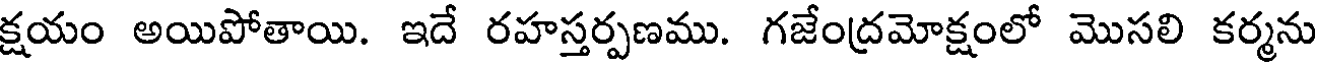
క్షయం అయిపోతాయి. ఇదే రహస్తర్పణము. గజేంద్రమోక్షంలో మొసలి కర్మను